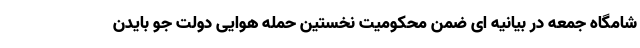
شامگاه جمعه در بیانیه ای ضمن محکومیت نخستین حمله هوایی دولت جو بایدن